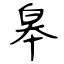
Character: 皋